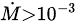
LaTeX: \scriptstyle{\dot{M}}>10^{-3}